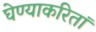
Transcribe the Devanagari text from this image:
घेण्याकरितां